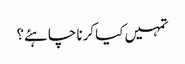
تمہیں کیا کرنا چاہئے؟